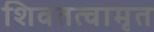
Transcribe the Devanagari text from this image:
शिवतत्वामृत